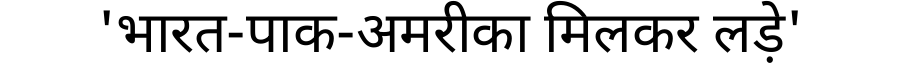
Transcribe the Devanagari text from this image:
'भारत-पाक-अमरीका मिलकर लड़े'